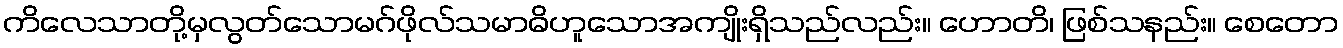
ကိလေသာတို့မှလွတ်သောမဂ်ဖိုလ်သမာဓိဟူသောအကျိုးရှိသည်လည်း။ ဟောတိ၊ ဖြစ်သနည်း။ စေတော